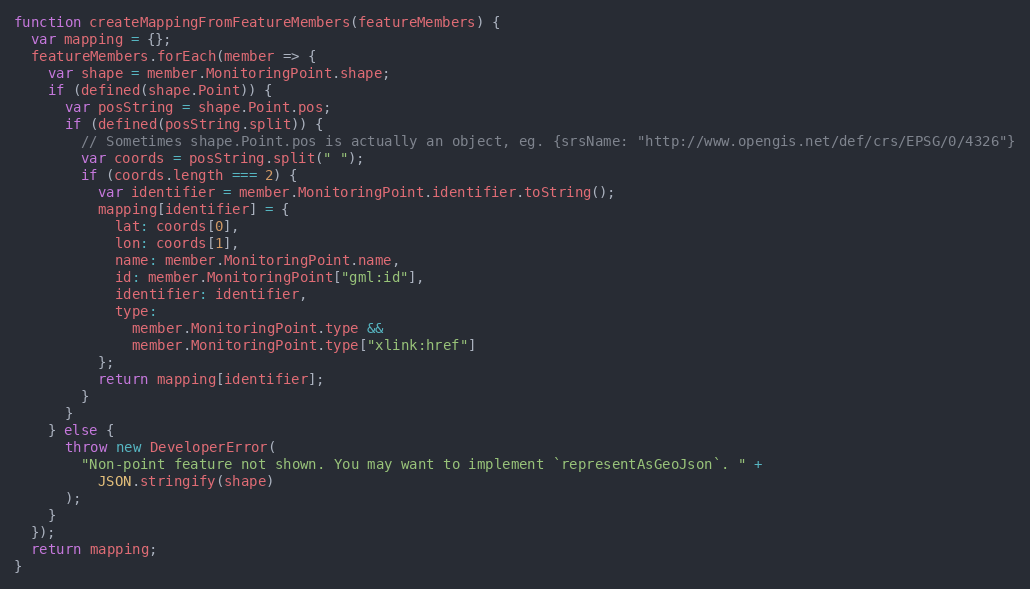
Language: JavaScript
function createMappingFromFeatureMembers(featureMembers) {
  var mapping = {};
  featureMembers.forEach(member => {
    var shape = member.MonitoringPoint.shape;
    if (defined(shape.Point)) {
      var posString = shape.Point.pos;
      if (defined(posString.split)) {
        // Sometimes shape.Point.pos is actually an object, eg. {srsName: "http://www.opengis.net/def/crs/EPSG/0/4326"}
        var coords = posString.split(" ");
        if (coords.length === 2) {
          var identifier = member.MonitoringPoint.identifier.toString();
          mapping[identifier] = {
            lat: coords[0],
            lon: coords[1],
            name: member.MonitoringPoint.name,
            id: member.MonitoringPoint["gml:id"],
            identifier: identifier,
            type:
              member.MonitoringPoint.type &&
              member.MonitoringPoint.type["xlink:href"]
          };
          return mapping[identifier];
        }
      }
    } else {
      throw new DeveloperError(
        "Non-point feature not shown. You may want to implement `representAsGeoJson`. " +
          JSON.stringify(shape)
      );
    }
  });
  return mapping;
}